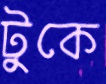
টুকে